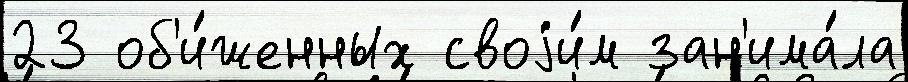
23 об'и́женных своjи́м зан'има́ла